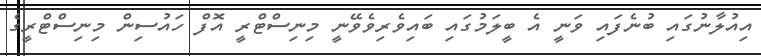
އިއުލާނުގައި ބުނެފައި ވަނީ އެ ބީލަމުގައި ބައިވެރިވެވޭނީ މިނިސްޓްރީ އޮފް ހައުސިން މިނިސްޓްރީގެ